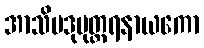
အာသိပဒုမုတ္တရနာယကော